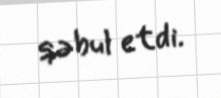
qəbul etdi.